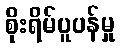
စိုးရိမ်ပူပန်မှု